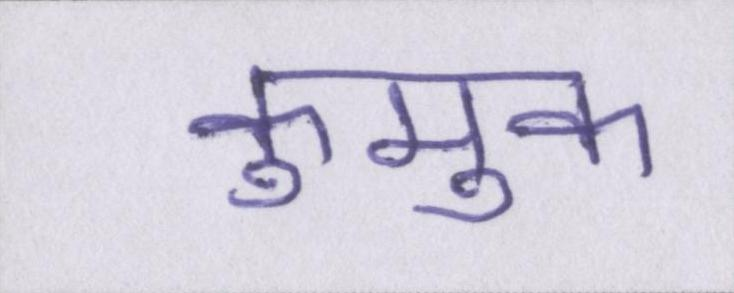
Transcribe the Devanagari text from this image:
कुमुक